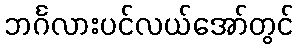
ဘင်္ဂလားပင်လယ်အော်တွင်